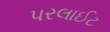
પરલાઈટ